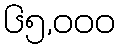
၆၅,၀၀၀